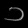
Digit: ၁